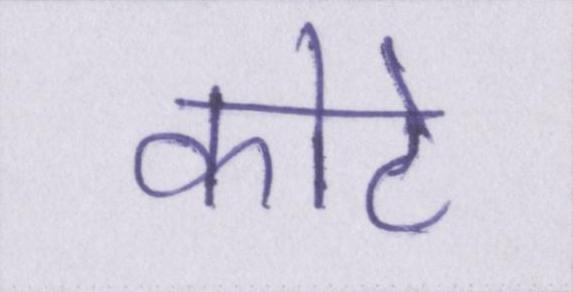
कोटे